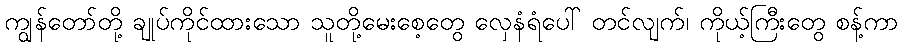
ကျွန်တော်တို့ ချုပ်ကိုင်ထားသော သူတို့မေးစေ့တွေ လှေနံရံပေါ် တင်လျက်၊ ကိုယ့်ကြီးတွေ စန့်ကာ